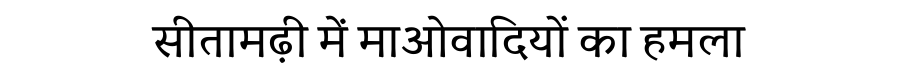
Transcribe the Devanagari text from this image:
सीतामढ़ी में माओवादियों का हमला